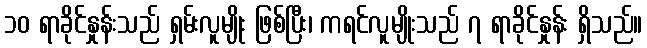
၁၀ ရာခိုင်နှုန်းသည် ရှမ်းလူမျိုး ဖြစ်ပြီး၊ ကရင်လူမျိုးသည် ၇ ရာခိုင်နှုန်း ရှိသည်။